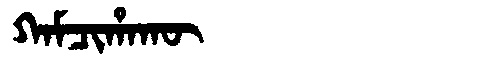
Manchu: ᡴᠠᠮᠴᡳᡥᠠᡴᡡ
Romanization: KAMCIHAKŪ